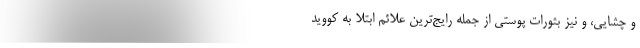
و چشایی، و نیز بثورات پوستی از جمله رایج‌ترین علائم ابتلا به کووید